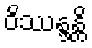
ဝိဿန္ဒန္တိ